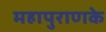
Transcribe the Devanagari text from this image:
महापुराणके